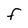
Character: F